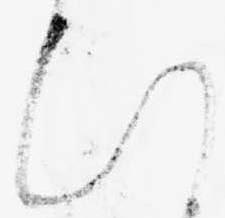
ひ